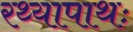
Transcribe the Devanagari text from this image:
रथ्यापाथः